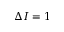
\Delta I = 1